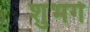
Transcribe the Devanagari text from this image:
शुभगे